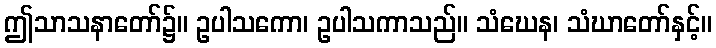
ဤသာသနာတော်၌။ ဥပါသကော၊ ဥပါသကာသည်။ သံဃေန၊ သံဃာတော်နှင့်။